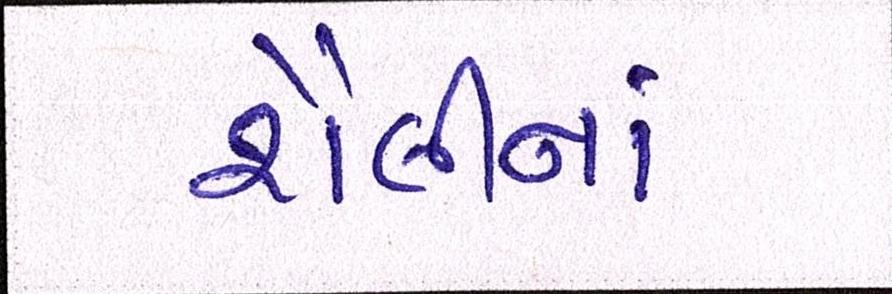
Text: શૈલીનાં